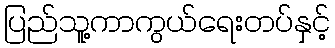
ပြည်သူ့ကာကွယ်ရေးတပ်နှင့်